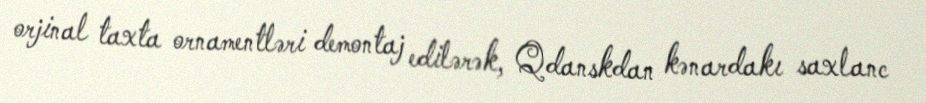
orjinal taxta ornamentləri demontaj edilərək, Qdanskdan kənardakı saxlanc